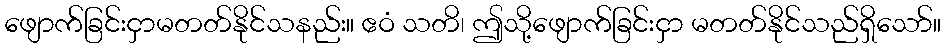
ဖျောက်ခြင်းငှာမတတ်နိုင်သနည်း။ ဧဝံ သတိ၊ ဤသို့ဖျောက်ခြင်းငှာ မတတ်နိုင်သည်ရှိသော်။